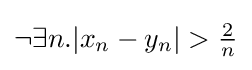
\neg \exists n.|x_{n}-y_{n}|>{\tfrac {2}{n}}